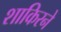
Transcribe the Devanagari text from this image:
शाकिरने